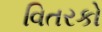
વિતરકો